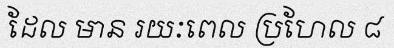
ដែល មាន រយៈពេល ប្រហែល ៨